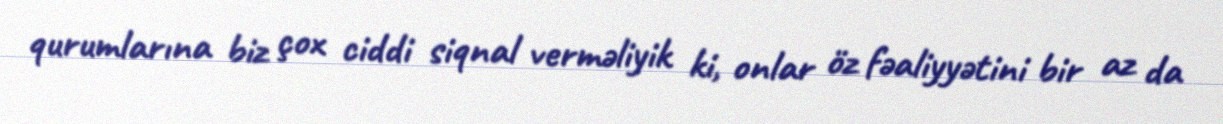
qurumlarına biz çox ciddi siqnal verməliyik ki, onlar öz fəaliyyətini bir az da